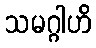
သမဂ္ဂါဟိ